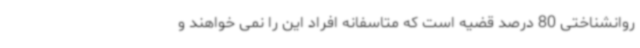
روانشناختی 80 درصد قضیه است که متاسفانه افراد این را نمی خواهند و